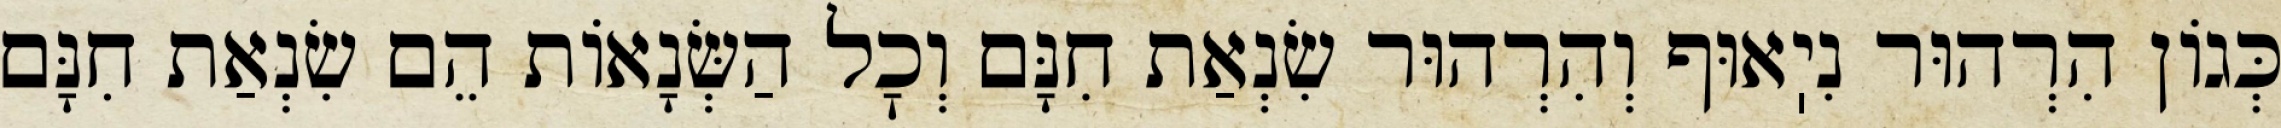
כְּגוֹן הִרְהוּר נִיֽאוּף וְהִרְהוּר שִׂנְאַת חִנָּם וְכׇל הַשְּׂנָאוֹת הֵם שִׂנְאַת חִנָּם